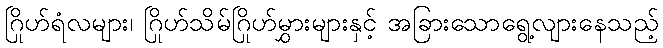
ဂြိုဟ်ရံလများ၊ ဂြိုဟ်သိမ်ဂြိုဟ်မွှားများနှင့် အခြားသောရွေ့လျားနေသည့်